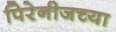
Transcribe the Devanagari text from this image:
पिरेनीजच्या